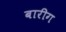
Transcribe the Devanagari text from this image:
बारीग